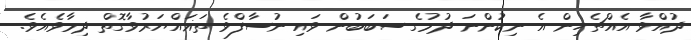
ދުއްވާ އެއްޗެހިން އެ ނިކުންނަ ދުމުގެ ސަބަބުން ވައި ނުސާފްވެ ތަޣައްޔަރުވާގޮތް ދިމާވެއެވެ.